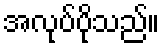
အလုပ်ပိုသည်။